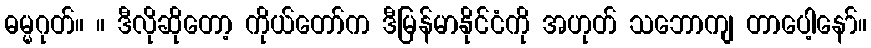
ဓမ္မဂုတ်။ ။ ဒီလိုဆိုတော့ ကိုယ်တော်က ဒီမြန်မာနိုင်ငံကို အဟုတ် သဘောကျ တာပေါ့နော်။